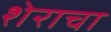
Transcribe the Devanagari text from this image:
शेराचा